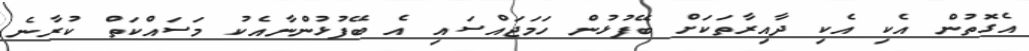
އެގޮތުން އެކި އެކި ދާއިރާތަކަށް ބޭފުޅުން ހަމަޖައްސައި އެ ބޭފުޅުންނާއެކު މަސައްކަތް ކުރާނެ